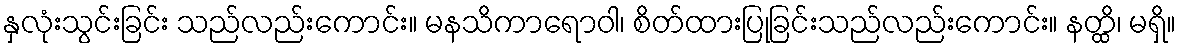
နှလုံးသွင်းခြင်း သည်လည်းကောင်း။ မနသိကာရောဝါ၊ စိတ်ထားပြုခြင်းသည်လည်းကောင်း။ နတ္ထိ၊ မရှိ။